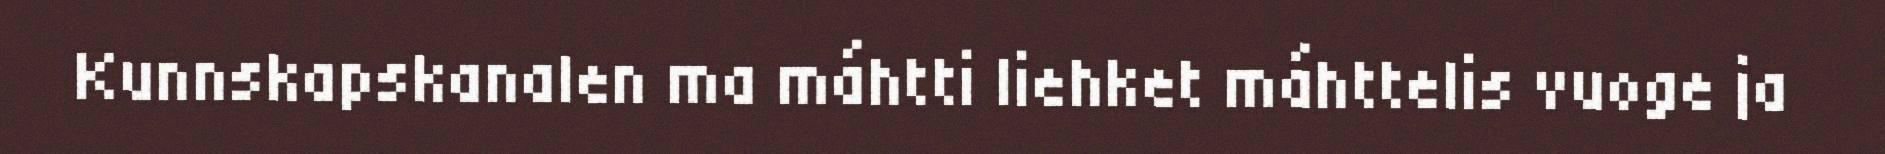
Kunnskapskanalen ma máhtti liehket máhttelis vuoge ja